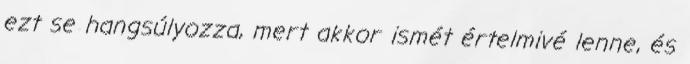
ezt se hangsúlyozza, mert akkor ismét értelmivé lenne, és